Sketch of the medical history of the native army of Bombay, for the year
Year: 1870
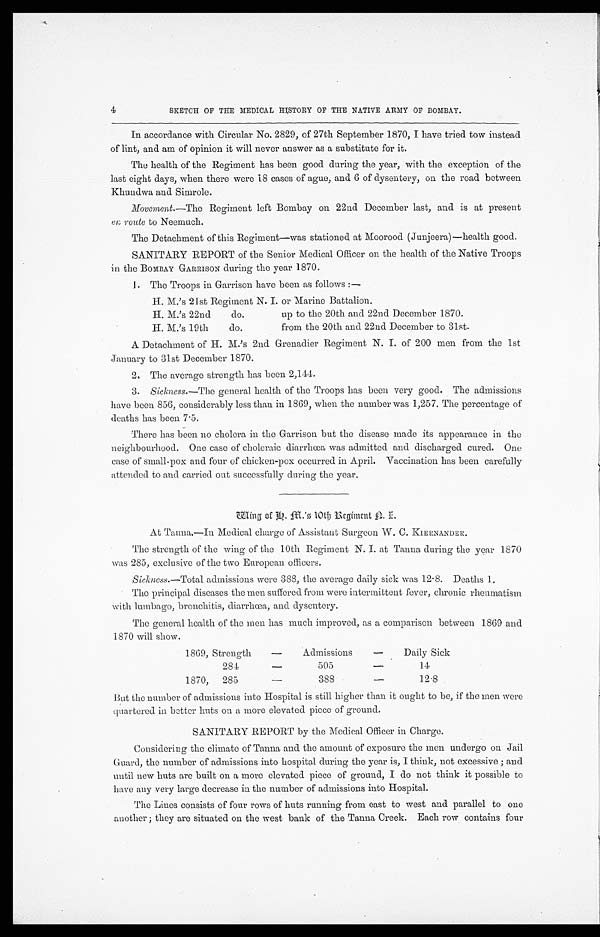
4
SKETCH OF THE MEDICAL HISTORY OF THE NATIVE ARMY OF BOMBAY.
In accordance with Circular No. 2829, of 27th September 1870, I have tried tow instead
of lint, and am of opinion it will never answer as a substitute for it.
The health of the Regiment has been good during the year, with the exception of the
last eight days, when there were 18 cases of ague, and 6 of dysentery, on the road between
Khundwa and Simrole.
Movement.—The Regiment left Bombay on 22nd December last, and is at present
en route to Neemuch.
The Detachment of this Regiment—was stationed at Moorood (Junjeera)—health good.
SANITARY REPORT of the Senior Medical Officer on the health of the Native Troops
in. the BOMBAY GARRISON during the year 1870.
1. The Troops in Garrison have been as follows:
—
H. M.'s 21st Regiment N. I. or Marine Battalion.
H. M.'s 22nd do. up to the 20th and 22nd December 1870.
H. M.'s 19th do. from the 20th and 22nd December to 31st.
A Detachment of H. M.'s 2nd Grenadier Regiment N. I. of 200 men from the 1st
January to 31st December 1870.
2. The average strength has been 2,144.
3.
Sickness.—The general health of the Troops has been very good. The admissions
have been 856, considerably less than in 1869, when the number was 1,257. The percentage of
deaths has been 7.5.
There has been no cholera in the Garrison but the disease made its appearance in the
neighbourhood. One case of choleraic diarrhœa was admitted and discharged cured. One
case of small-pox and four of chicken-pox occurred in April. Vaccination has been carefully
attended to and carried out successfully during the year.
Wing
o f H . M. ' s 1 0 t h R e g i me n t N . I .
A t T a n n a . — I n M e d i c a l c h a r g e o f A s s i s t a n t S u r g e o n W . C .
KI ERNANDER.
The strength of the wing of the 10th Regiment N. I. at Tanna, during the year 1870
was 285, exclusive of the two European officers.
Sickness.—Total admissions were 388, the average daily sick was 12.8. Deaths 1.
The principal diseases the men suffered from were intermittent fever, chronic rheumatism
with lumbago, bronchitis, diarrhœa, and dysentery.
The general health of the men has much improved, as a comparison between 1869 and
1870 will show.
1869, Strength —
Admissions—
Daily Sick
284 —
505 —
14
1870, 285—
388 —
12.8
But the number of admissions into Hospital is still higher than it ought to be, if the men were
quartered in better huts on a more elevated piece of ground.
SANITARY REPORT by the Medical Officer in Charge.
Considering the climate of Tanna and the amount of exposure the men undergo on Jail
Guard, the number of admissions into hospital during the year is, I think, not excessive; and
until new huts are built on a more elevated piece of ground, I do not think it possible to
have any very large decrease in the number of admissions into Hospital.
The Lines consists of four rows of huts running from east to west and parallel to one
another; they are situated on the west bank of the Tanna Creek. Each row contains four